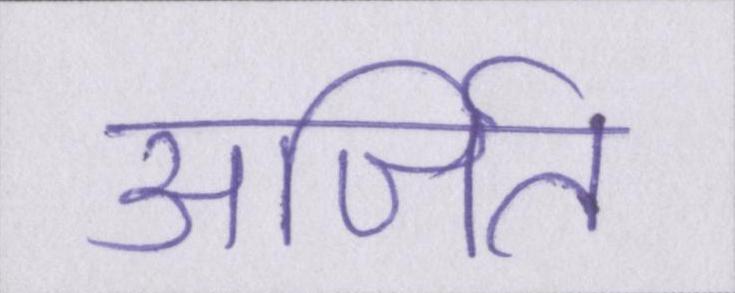
अर्जित